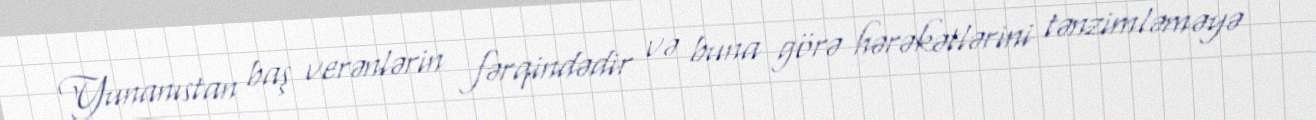
Yunanıstan baş verənlərin fərqindədir və buna görə hərəkətlərini tənzimləməyə